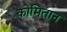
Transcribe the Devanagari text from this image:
कोमितान